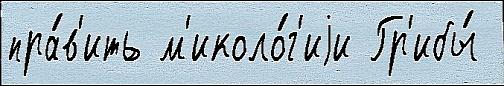
пра́в'ить м'иколо́г'иjи Гр'ибы́